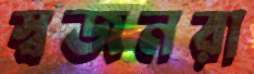
স্বজনরা